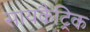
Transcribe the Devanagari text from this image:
सायकैट्रिक